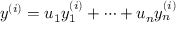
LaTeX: y ^ { ( i ) } = u _ { 1 } y _ { 1 } ^ { ( i ) } + \cdots + u _ { n } y _ { n } ^ { ( i ) }